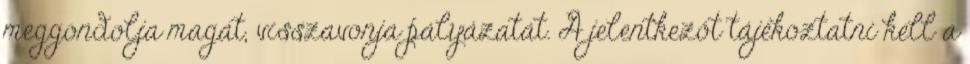
meggondolja magát, visszavonja pályázatát. A jelentkezőt tájékoztatni kell a